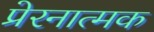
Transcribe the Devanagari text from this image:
प्रेरनात्मक